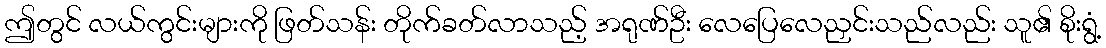
ဤတွင် လယ်ကွင်းများကို ဖြတ်သန်း တိုက်ခတ်လာသည့် အရုဏ်ဦး လေပြေလေညှင်းသည်လည်း သူ၏ စိုးရွံ့